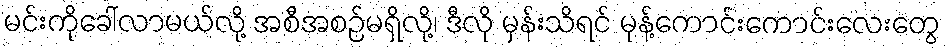
မင်းကိုခေါ်လာမယ်လို့ အစီအစဉ်မရှိလို့၊ ဒီလို မှန်းသိရင် မုန့်ကောင်းကောင်းလေးတွေ